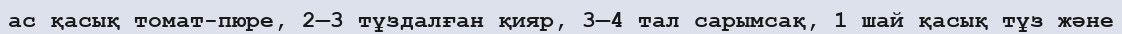
ас қасық томат-пюре, 2—3 тұздалған қияр, 3—4 тал сарымсақ, 1 шай қасық тұз және